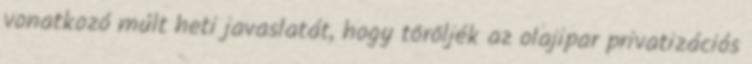
vonatkozó múlt heti javaslatát, hogy töröljék az olajipar privatizációs